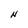
Character: N